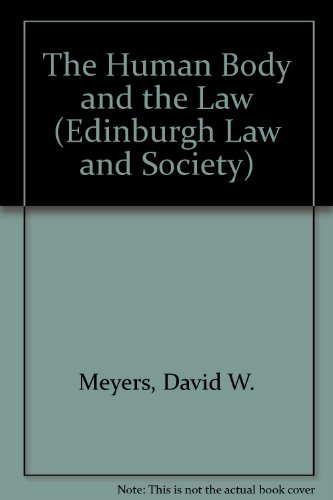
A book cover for The Human Body and the Law (Edinburgh Law and Society); David W. Meyers; Law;